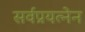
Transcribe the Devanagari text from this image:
सर्वप्रयत्नेन